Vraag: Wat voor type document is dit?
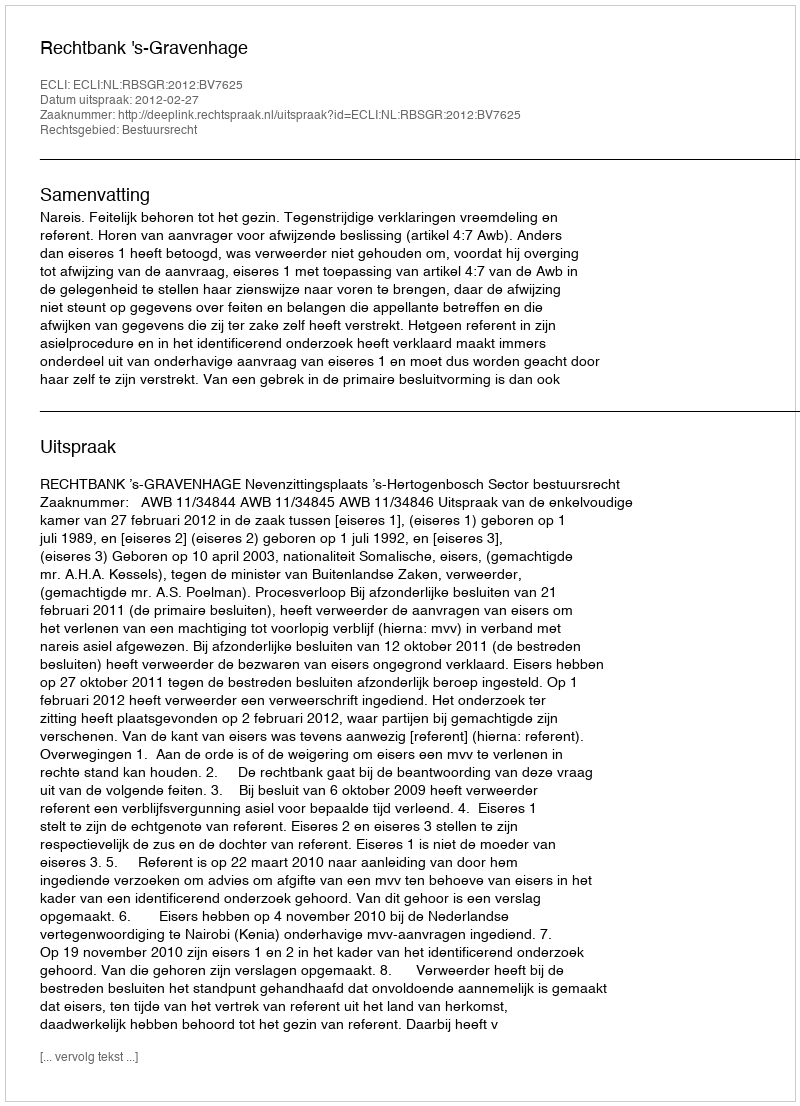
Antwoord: Uitspraak